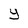
Character: y